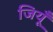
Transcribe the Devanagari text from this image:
जियूँ